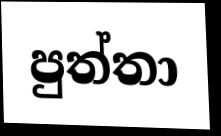
පුත්තා